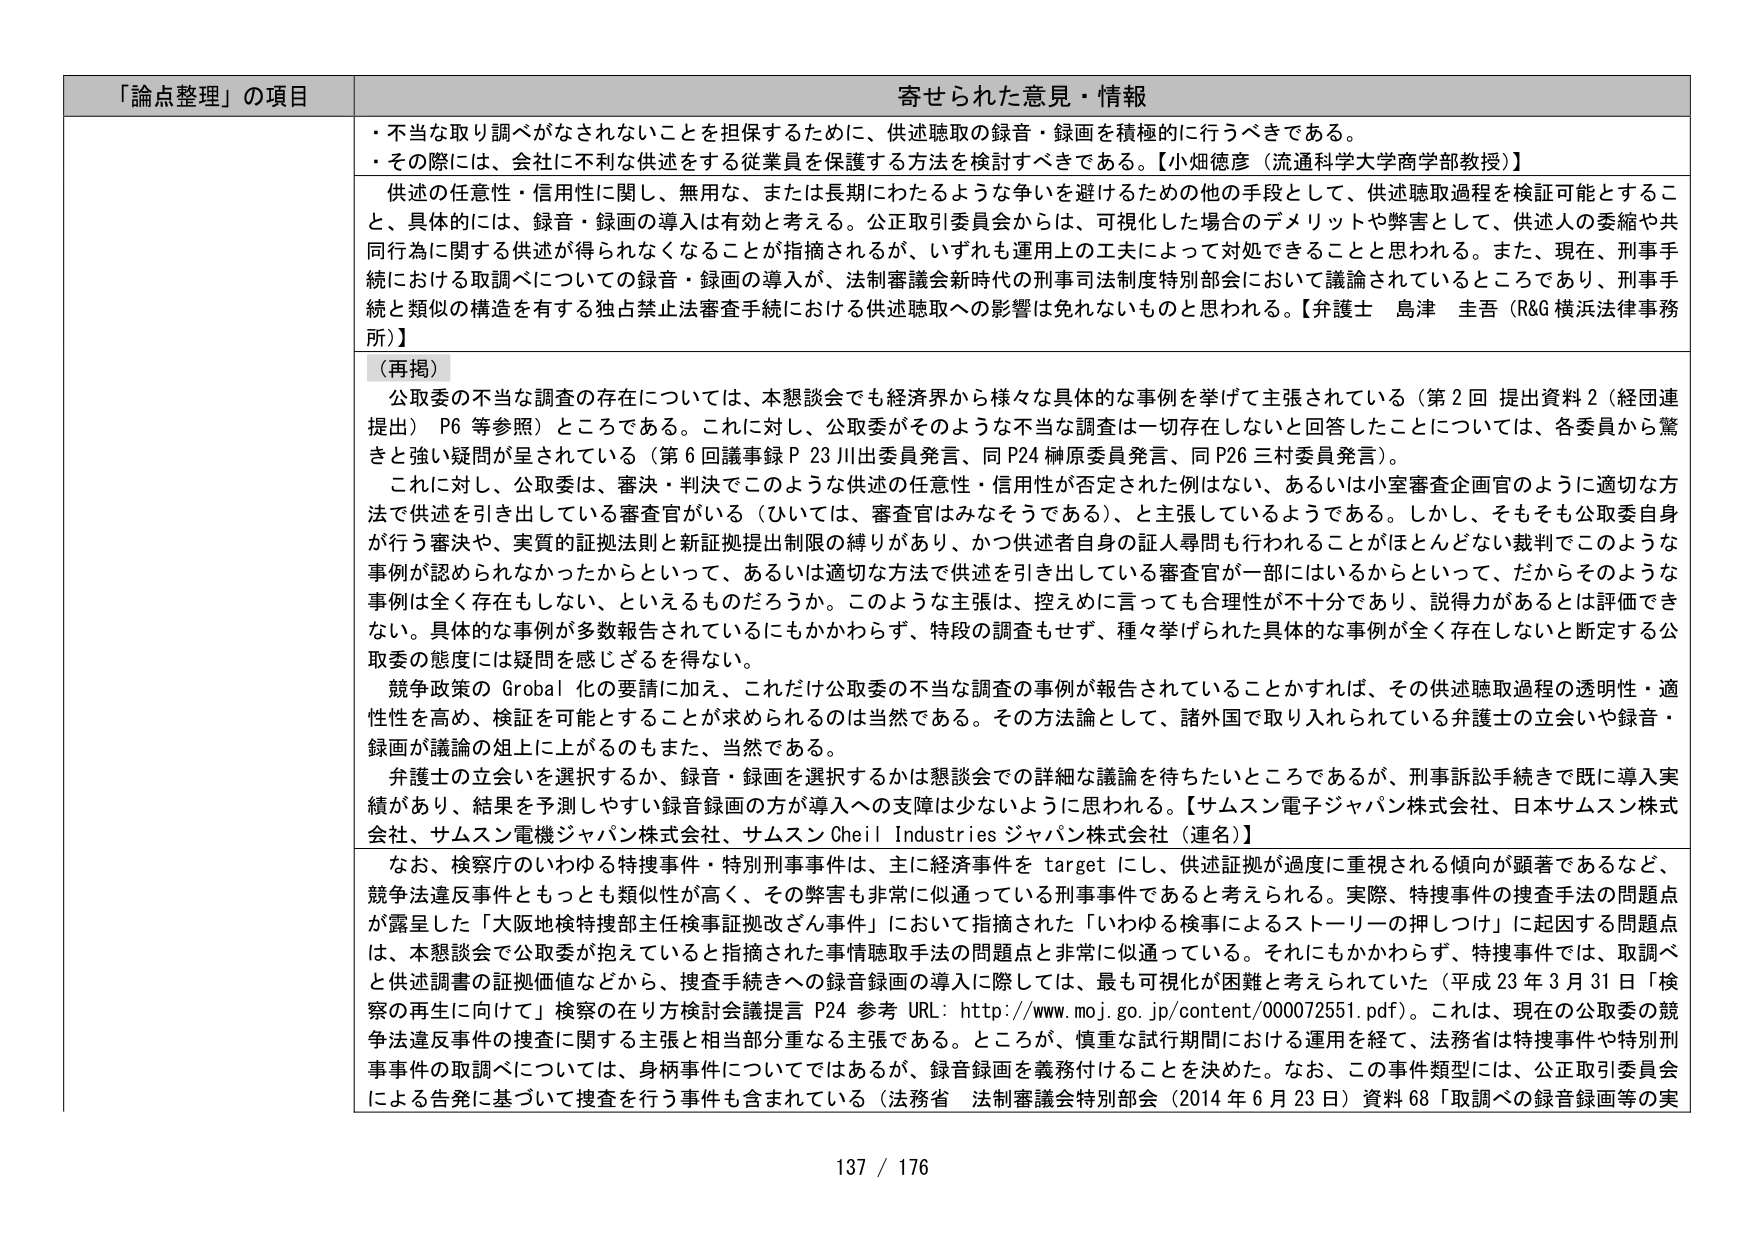
「論点整理」の項目 寄せられた意見・情報
・不当な取り調べがなされないことを担保するために、供述聴取の録音・録画を積極的に行うべきである。
・その際には、会社に不利な供述をする従業員を保護する方法を検討すべきである。【小畑徳彦（流通科学大学商学部教授）】
供述の任意性・信用性に関し、無用な、または長期にわたるような争いを避けるための他の手段として、供述聴取過程を検証可能とすること、具体的には、録音・録画の導入は有効と考える。公正取引委員会からは、可視化した場合のデメリットや弊害として、供述人の委縮や共同行為に関する供述が得られなくなることが指摘されるが、いずれも運用上の工夫によって対処できることと思われる。また、現在、刑事手続における取調べについての録音・録画の導入が、法制審議会新時代の刑事司法制度特別部会において議論されているところであり、刑事手続と類似の構造を有する独占禁止法審査手続における供述聴取への影響は免れないものと思われる。【弁護士 鳥津 圭吾（R&G 横浜法律事務所）】
（再掲）
公取委の不当な調査の存在については、本懇談会でも経済界から様々な具体的な事例を挙げて主張されている（第2回 提出資料2（経団連提出） P6 等参照）ところである。これに対し、公取委がそのような不当な調査は一切存在しないと回答したことについては、各委員から驚きと強い疑問が呈されている（第6回議事録P23川出委員発言、同P24榊原委員発言、同P26三村委員発言）。
これに対し、公取委は、審決・判決でこのような供述の任意性・信用性が否定された例はない、あるいは小室審査企画官のように適切な方法で供述を引き出している審査官がいる（ひいては、審査官はみなそうである）、と主張しているようである。しかし、そもそも公取委自身が行う審決や、実質的証拠法則と新証拠提出制限の縛りがあり、かつ供述者自身の証人尋問も行われることがほとんどない裁判でこのような事例が認められなかったかたとといっても、あるいは適切な方法で供述を引き出している審査官が一部にはいるからといって、だからそのような事例は全く存在もしない、といえるものだろうか。このような主張は、控えめに言っても合理性が不十分であり、説得力があるとは評価できない。具体的な事例が多数報告されているにもかかわらず、特段の調査もせず、種々挙げられた具体的な事例が全く存在しないと断定する公取委の態度には疑問を感じざるを得ない。
競争政策のGrobal化の要請に加え、これだけ公取委の不当な調査の事例が報告されていることかすれば、その供述聴取過程の透明性・適性性を高め、検証を可能とすることが求められるのは当然である。その方法論として、諸外国で取り入れられている弁護士の立会いや録音・録画が議論の俎上に上がるのもまた、当然である。
弁護士の立会いを選択するか、録音・録画を選択するかは懇談会での詳細な議論を待ちたいところであるが、刑事訴訟手続きで既に導入実績があり、結果を予測しやすい録音録画の方が導入への支障は少ないように思われる。【サムスン電子ジャパン株式会社、日本サムスン株式会社、サムスン電機ジャパン株式会社、サムスンCheil Industriesジャパン株式会社（連名）】
なお、検察庁のいわゆる特捜事件・特別刑事事件は、主に経済事件をtargetにし、供述証拠が過度に重視される傾向が顕著であるなど、競争法違反事件ともっとも類似性が高く、その弊害も非常に似通っている刑事事件であると考えられる。実際、特捜事件の捜査手法の問題点が露呈した「大阪地検特捜部主任検事証拠改ざん事件」において指摘された「いわゆる検事によるストーリーの押しつけ」に起因する問題点は、本懇談会で公取委が抱えていると指摘された事項聴取手法の問題点と非常に似通っている。これにもかかわらず、特捜事件では、取調べと供述調書の証拠価値などから、捜査手続きへの録音録画の導入に際しては、最も可視化が困難と考えられていた（平成23年3月31日「検察の再生に向けて」検察の在り方検討会議提言 P24 参考 URL: http://www.moj.go.jp/content/000072551.pdf）。これは、現在の公取委の競争法違反事件の捜査に関する主張と相当部分重なる主張である。ところが、慎重な試行期間における運用を経て、法務省は特捜事件や特別刑事事件の取調べについては、身柄事件についてはであるが、録音録画を義務付けることを決めた。なお、この事件類型には、公正取引委員会による告発に基づいて捜査を行う事件も含まれている（法務省 法制審議会特別部会（2014年6月23日）資料68「取調べの録音録画等の実
137 / 176